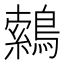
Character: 𮭈